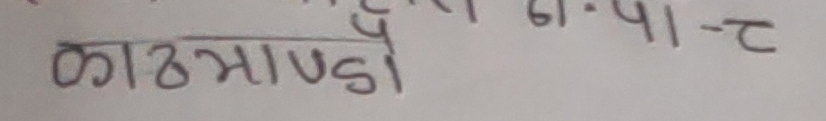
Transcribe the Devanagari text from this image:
६.१९-४१-२
काठमाडौं